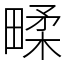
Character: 㽥